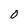
Character: O